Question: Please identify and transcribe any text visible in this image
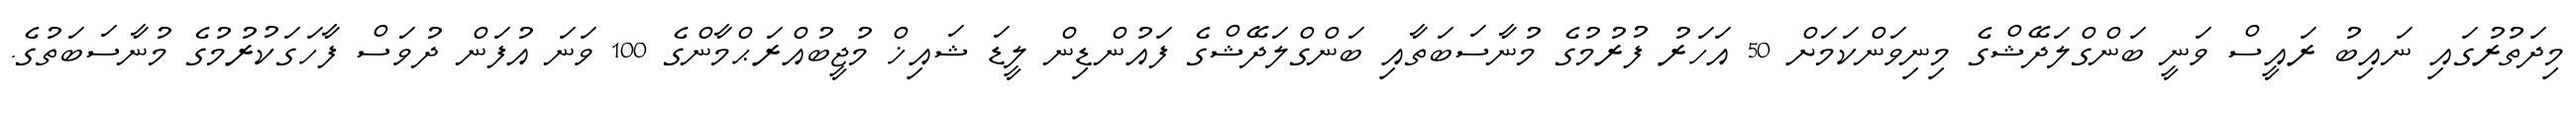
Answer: މިދަތުރުގައި ނައިބު ރައީސް ވަނީ ބަންގްލަދޭޝްގެ މިނިވަންކަމަށް 50 އަހަރު ފުރުމުގެ މުނާސަބަތާއި ބަންގްލަދޭޝްގެ ފައުންޑިން ލީޑަ ޝައިޚް މުޖީބުއްރަޙްމާންގެ 100 ވަނަ އުފަން ދުވަސް ފާހަގަކުރުމުގެ މުނާސަބަތުގެ.